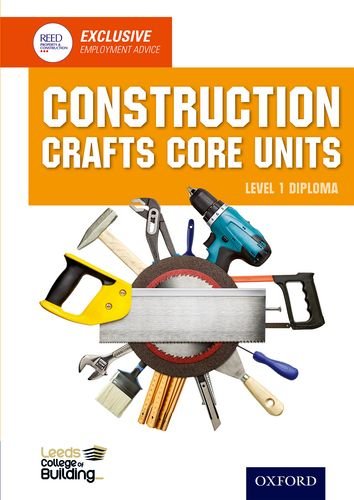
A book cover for Construction Crafts Core Units Level 1 Diploma; Leeds College of Building; Teen & Young Adult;